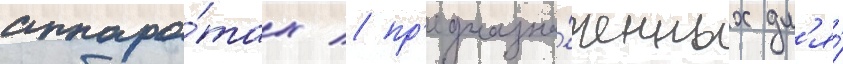
аппара́тах / пр'едназна́ченных дл'я́